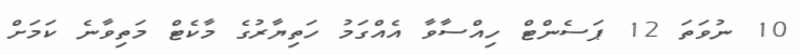
10 ނުވަތަ 12 ޕަސެންޓް ހިއްސާވާ އެއްގަމު ހަތިޔާރުގެ މާކެޓް މަތިވާނެ ކަމަށް